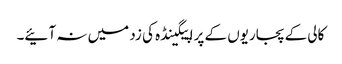
کالی کے پجاریوں کے پراپیگینڈہ کی زد میں نہ آئیے۔